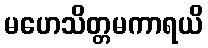
မဟေသိတ္တမကာရယိ